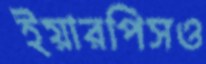
ইয়ারপিসও